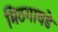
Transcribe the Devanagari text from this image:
मिठगावडे